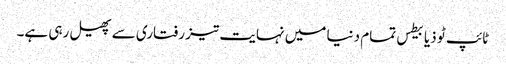
ٹائپ ٹو ذیابیطس تمام دنیا میں نہایت تیز رفتاری سے پھیل رہی ہے۔